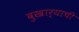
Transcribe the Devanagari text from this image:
बुखार्‍याची